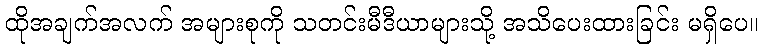
ထိုအချက်အလက် အများစုကို သတင်းမီဒီယာများသို့ အသိပေးထားခြင်း မရှိပေ။